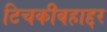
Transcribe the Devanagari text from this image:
टिचकीबहाद्दर